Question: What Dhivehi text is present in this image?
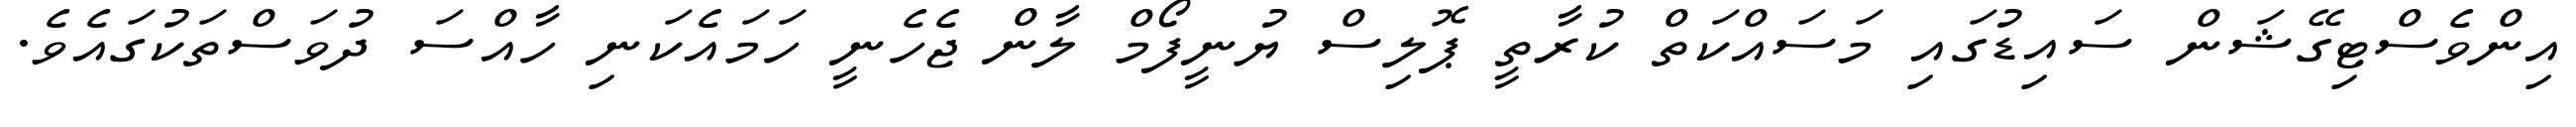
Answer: އިންވެސްޓިގޭޝަން ސައިޑުގައި މަސައްކަތް ކުރާތީ ޕޮލިސް ޔުނީފޯމް ލާން ޖެހެނީ ހަމައެކަނި ހާއްސަ ދުވަސްތަކުގައެވެ.